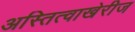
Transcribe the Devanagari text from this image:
अस्तित्वाखेरीज